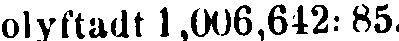
olyftadt 1,006,642:85.